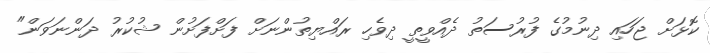
ކޮޅަށް ޖަހައި ދިނުމުގެ ފުރުސަތު ދެއްވީތީ ދިވެހި ރައްޔިތުންނަށް ފަށްފަށުން ޝުކުރު ދަންނަވަން"